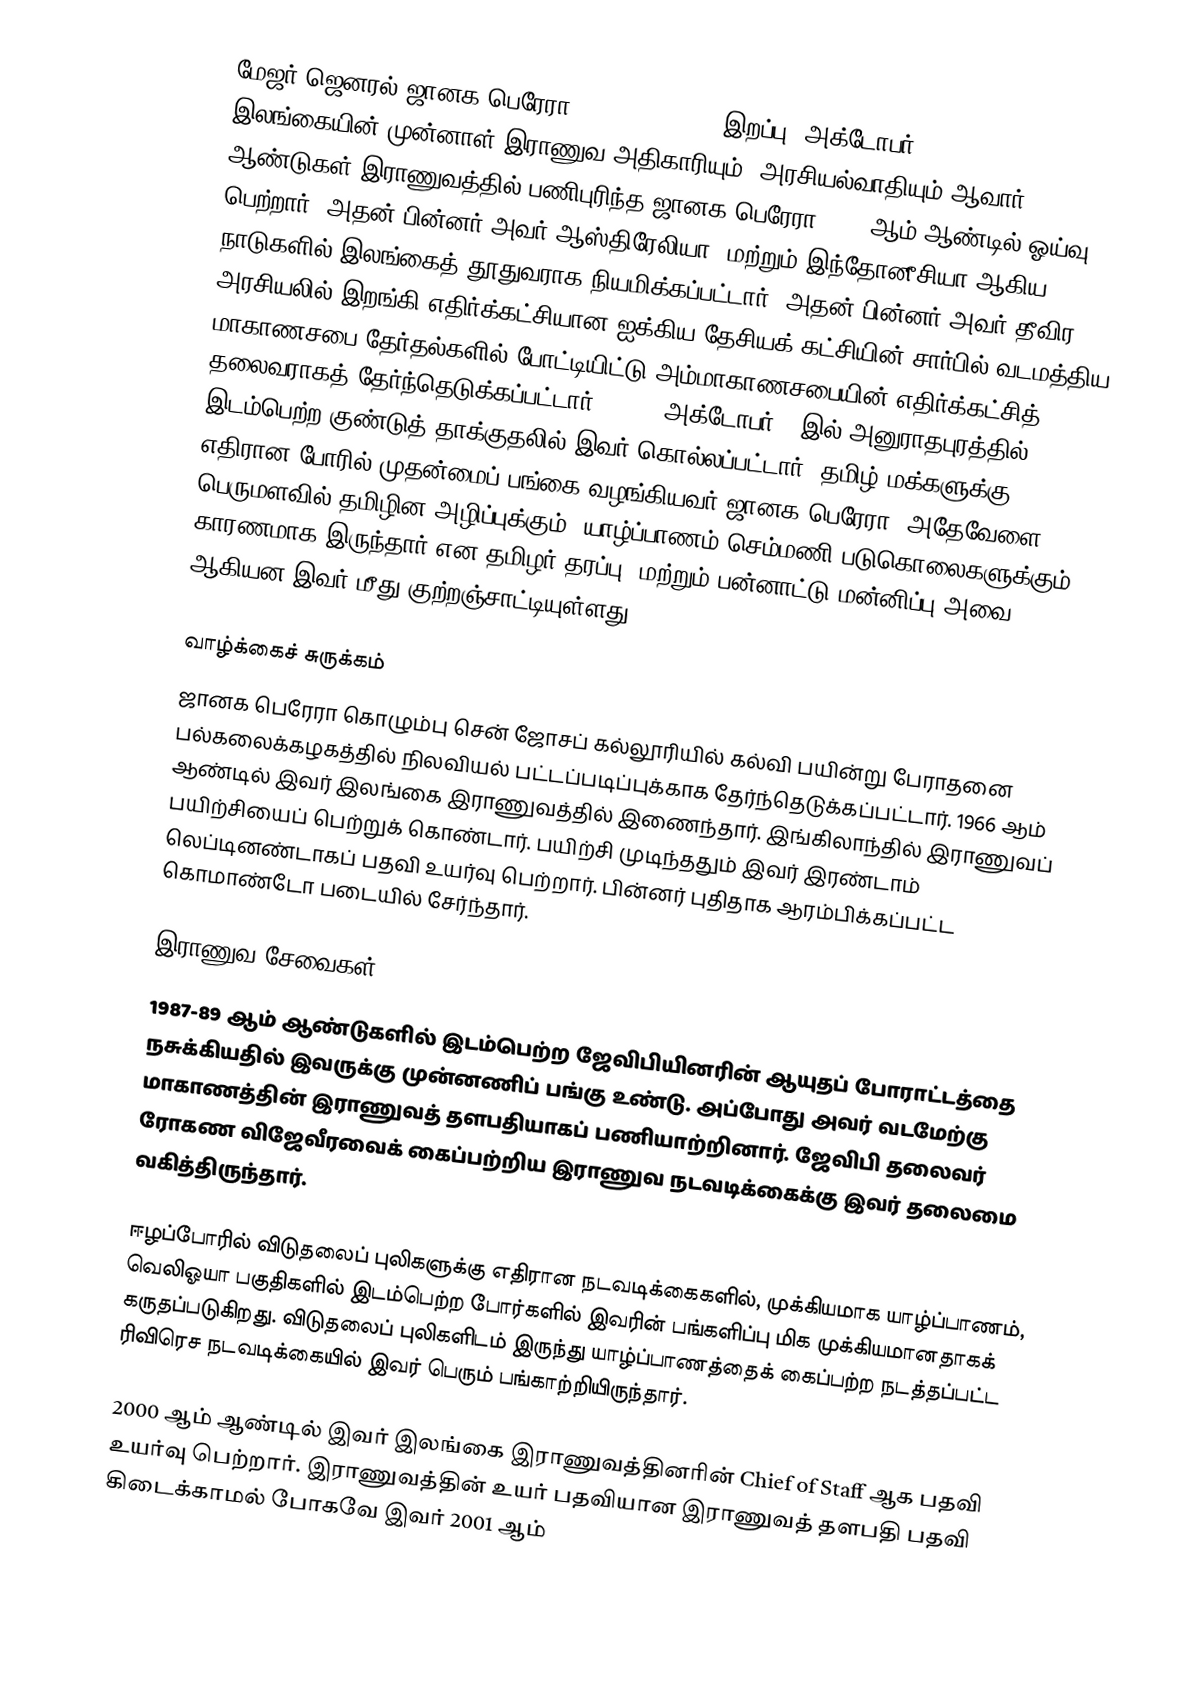
மேஜர் ஜெனரல் ஜானக பெரேரா (Janaka Perera, இறப்பு: அக்டோபர் 6, 2008) இலங்கையின் முன்னாள் இராணுவ அதிகாரியும், அரசியல்வாதியும் ஆவார். 34 ஆண்டுகள் இராணுவத்தில் பணிபுரிந்த ஜானக பெரேரா 2001 ஆம் ஆண்டில் ஓய்வு பெற்றார். அதன் பின்னர் அவர் ஆஸ்திரேலியா, மற்றும் இந்தோனீசியா ஆகிய நாடுகளில் இலங்கைத் தூதுவராக நியமிக்கப்பட்டார். அதன் பின்னர் அவர் தீவிர அரசியலில் இறங்கி எதிர்க்கட்சியான ஐக்கிய தேசியக் கட்சியின் சார்பில் வடமத்திய மாகாணசபை தேர்தல்களில் போட்டியிட்டு அம்மாகாணசபையின் எதிர்க்கட்சித் தலைவராகத் தேர்ந்தெடுக்கப்பட்டார். 2008, அக்டோபர் 6 இல் அனுராதபுரத்தில் இடம்பெற்ற குண்டுத் தாக்குதலில் இவர் கொல்லப்பட்டார். தமிழ் மக்களுக்கு எதிரான போரில் முதன்மைப் பங்கை வழங்கியவர் ஜானக பெரேரா. அதேவேளை பெருமளவில் தமிழின அழிப்புக்கும், யாழ்ப்பாணம் செம்மணி படுகொலைகளுக்கும் காரணமாக இருந்தார் என தமிழர் தரப்பு, மற்றும் பன்னாட்டு மன்னிப்பு அவை ஆகியன இவர் மீது குற்றஞ்சாட்டியுள்ளது.

வாழ்க்கைச் சுருக்கம்
ஜானக பெரேரா கொழும்பு சென் ஜோசப் கல்லூரியில் கல்வி பயின்று பேராதனை பல்கலைக்கழகத்தில் நிலவியல் பட்டப்படிப்புக்காக தேர்ந்தெடுக்கப்பட்டார். 1966 ஆம் ஆண்டில் இவர் இலங்கை இராணுவத்தில் இணைந்தார். இங்கிலாந்தில் இராணுவப் பயிற்சியைப் பெற்றுக் கொண்டார். பயிற்சி முடிந்ததும் இவர் இரண்டாம் லெப்டினண்டாகப் பதவி உயர்வு பெற்றார். பின்னர் புதிதாக ஆரம்பிக்கப்பட்ட கொமாண்டோ படையில் சேர்ந்தார்.

இராணுவ சேவைகள்
1987-89 ஆம் ஆண்டுகளில் இடம்பெற்ற ஜேவிபியினரின் ஆயுதப் போராட்டத்தை நசுக்கியதில் இவருக்கு முன்னணிப் பங்கு உண்டு. அப்போது அவர் வடமேற்கு மாகாணத்தின் இராணுவத் தளபதியாகப் பணியாற்றினார். ஜேவிபி தலைவர் ரோகண விஜேவீரவைக் கைப்பற்றிய இராணுவ நடவடிக்கைக்கு இவர் தலைமை வகித்திருந்தார்.

ஈழப்போரில் விடுதலைப் புலிகளுக்கு எதிரான நடவடிக்கைகளில், முக்கியமாக யாழ்ப்பாணம், வெலிஓயா பகுதிகளில் இடம்பெற்ற போர்களில் இவரின் பங்களிப்பு மிக முக்கியமானதாகக் கருதப்படுகிறது. விடுதலைப் புலிகளிடம் இருந்து யாழ்ப்பாணத்தைக் கைப்பற்ற நடத்தப்பட்ட ரிவிரெச நடவடிக்கையில் இவர் பெரும் பங்காற்றியிருந்தார்.

2000 ஆம் ஆண்டில் இவர் இலங்கை இராணுவத்தினரின் Chief of Staff ஆக பதவி உயர்வு பெற்றார். இராணுவத்தின் உயர் பதவியான இராணுவத் தளபதி பதவி கிடைக்காமல் போகவே இவர் 2001 ஆம்